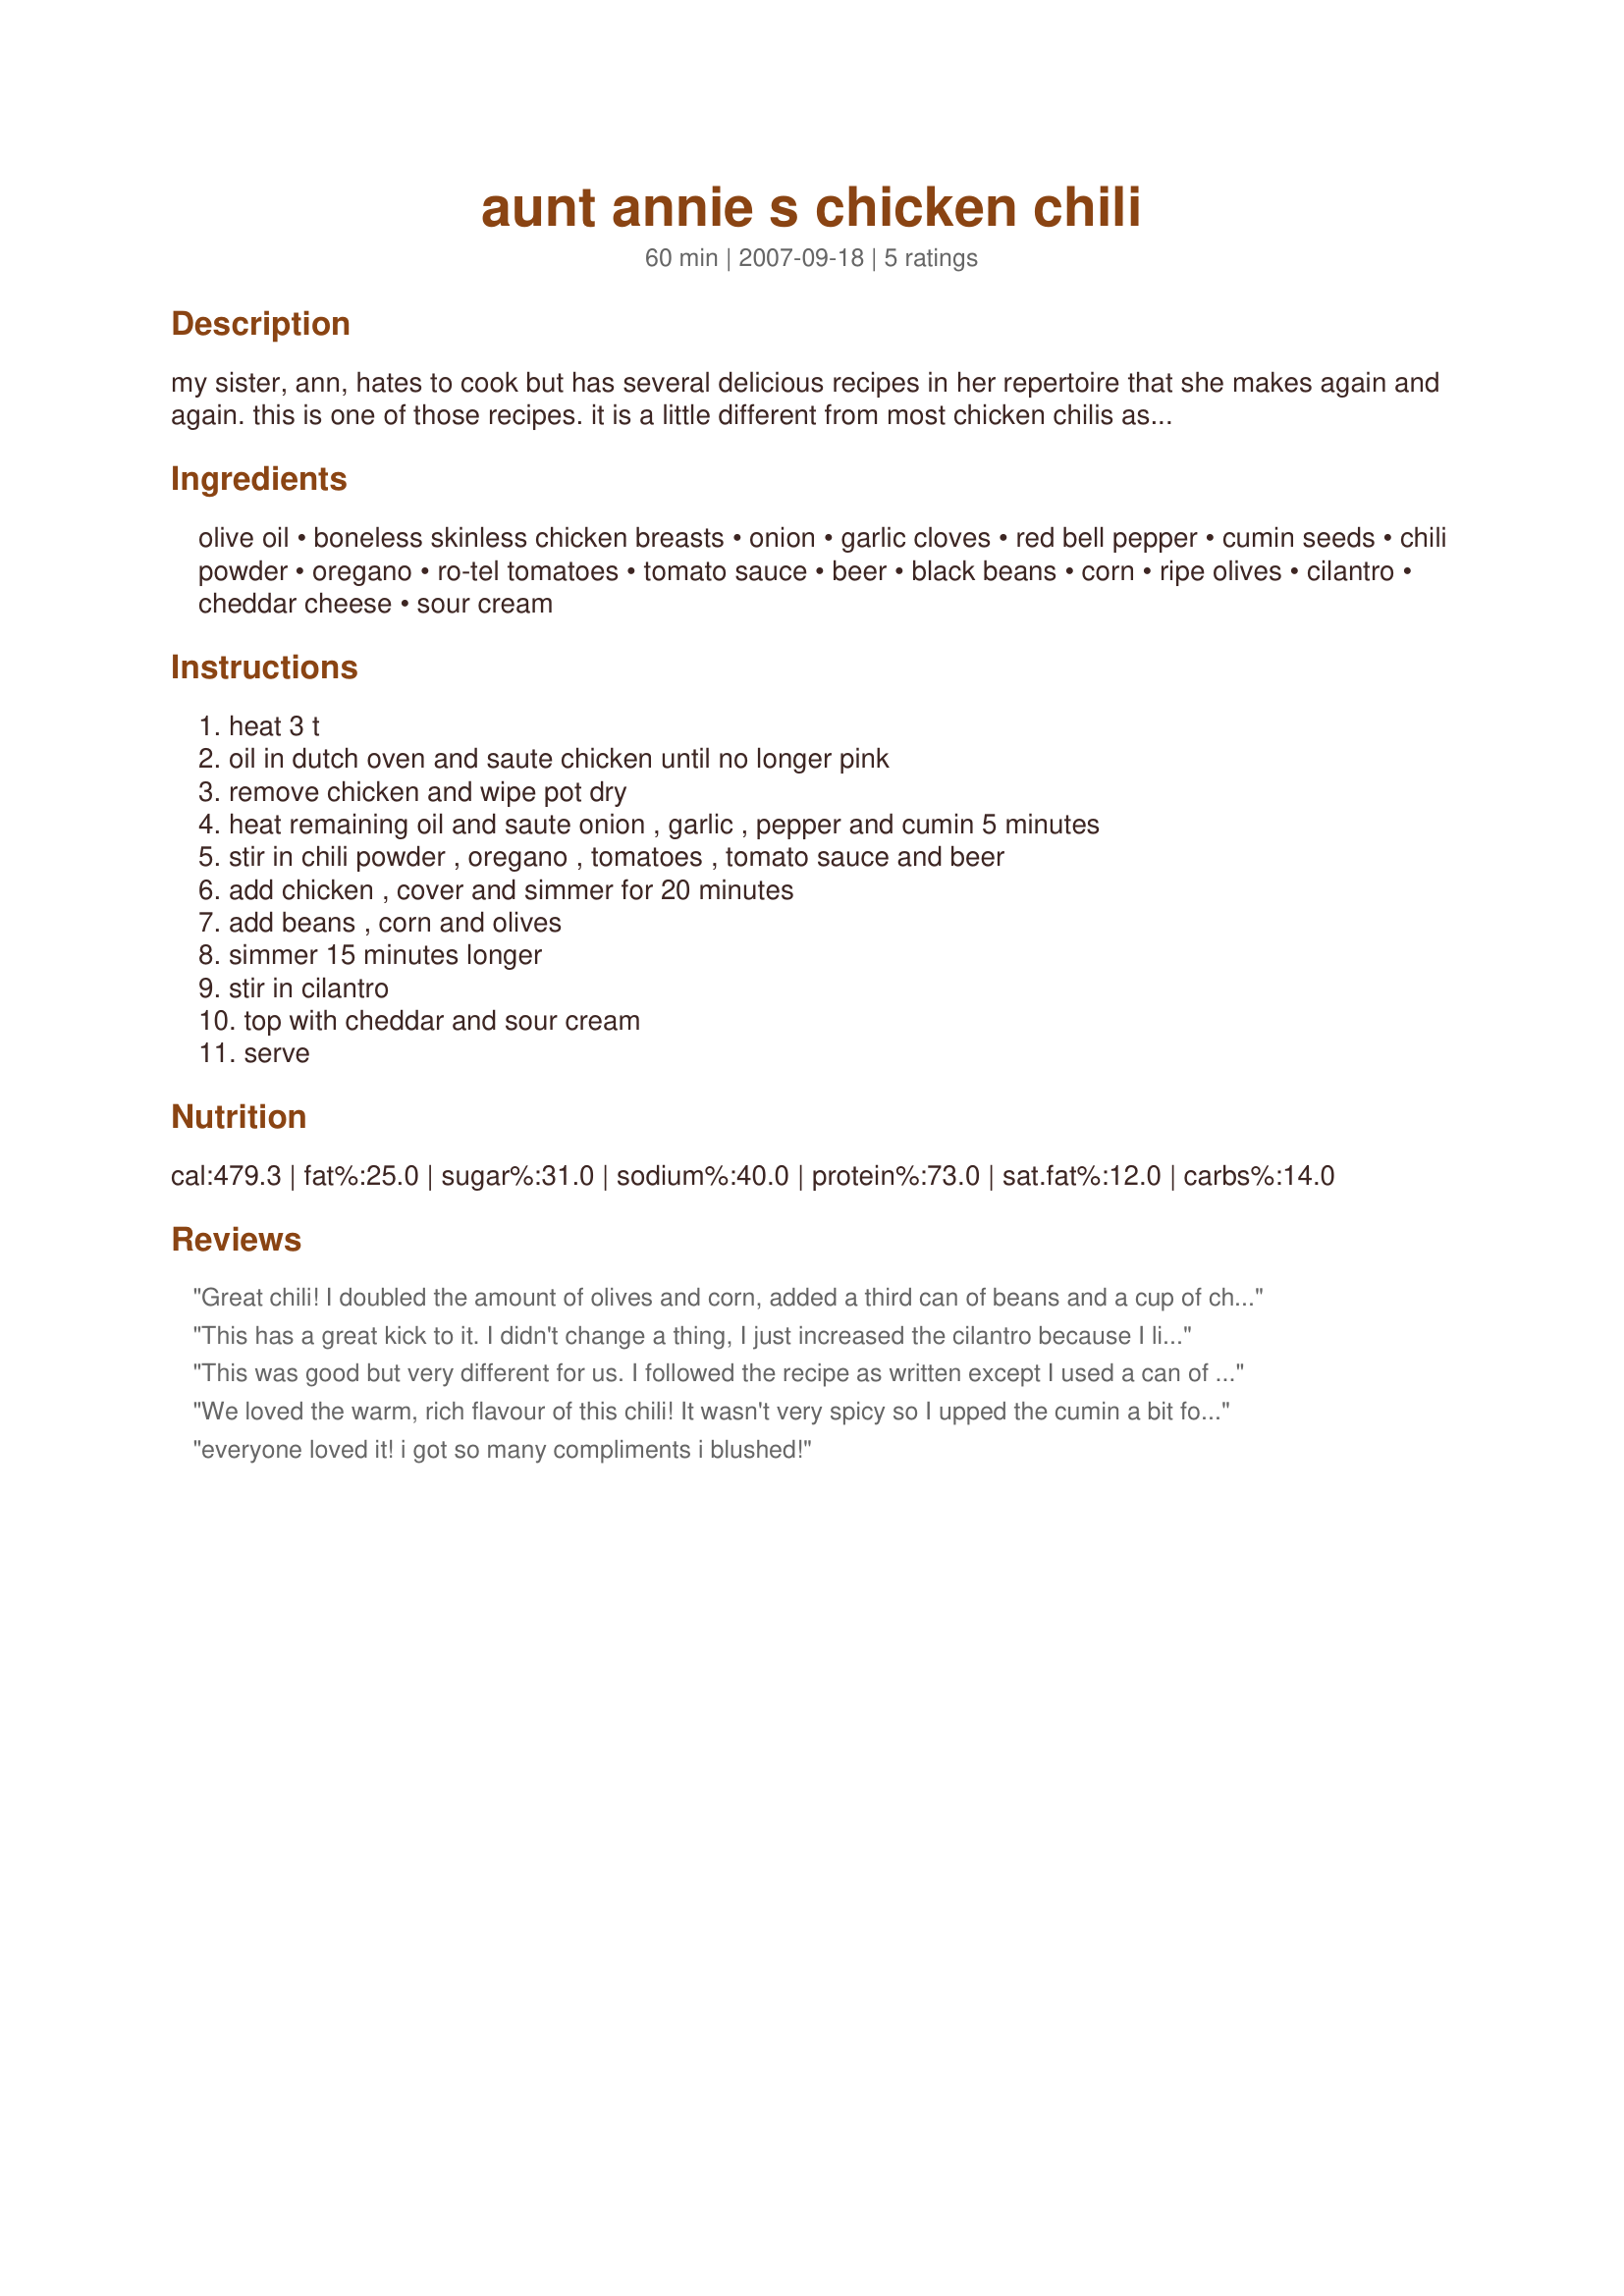
aunt annie s chicken chili
Preparation time: 60 minutes

my sister, ann, hates to cook but has several delicious recipes in her repertoire that she makes again and again. this is one of those recipes. it is a little different from most chicken chilis as it includes black beans and beer and olives. excellent comfort food! enjoy.

Ingredients:
olive oil, boneless skinless chicken breasts, onion, garlic cloves, red bell pepper, cumin seeds, chili powder, oregano, ro-tel tomatoes, tomato sauce, beer, black beans, corn, ripe olives, cilantro, cheddar cheese, sour cream

Steps:
heat 3 t, oil in dutch oven and saute chicken until no longer pink, remove chicken and wipe pot dry, heat remaining oil and saute onion , garlic , pepper and cumin 5 minutes, stir in chili powder , oregano , tomatoes , tomato sauce and beer, add chicken , cover and simmer for 20 minutes, add beans , corn and olives, simmer 15 minutes longer, stir in cilantro, top with cheddar and sour cream, serve

Reviews:
Great chili! I doubled the amount of olives and corn, added a third can of beans and a cup of chicken stock. I love the flavor the beer gave this chili. It's very different from others I've tried. Thanks for sharing this great recipe, MamaJ!
This has a great kick to it. I didn't change a thing, I just increased the cilantro because I like it so much. My husband is wolfing it down as I write and he gives it a big thumbs up! Thanks Mama J for another great recipe, you haven't let me down yet.
This was good but very different for us. I followed the recipe as written except I used a can of white corn. I used Budweiser and we thought the beer taste was a bit overpowering (not sure if it was my choice of beer or what but that is what hubby drinks so that is what I used :) )
We loved the warm, rich flavour of this chili! It wasn't very spicy so I upped the cumin a bit for our tastes. Very healthy and tasty!
everyone loved it! i got so many compliments i blushed!
